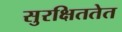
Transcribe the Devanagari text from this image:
सुरक्षिततेत